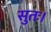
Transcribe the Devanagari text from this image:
सुतः।